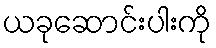
ယခုဆောင်းပါးကို